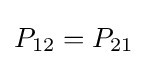
P_{12}=P_{21}